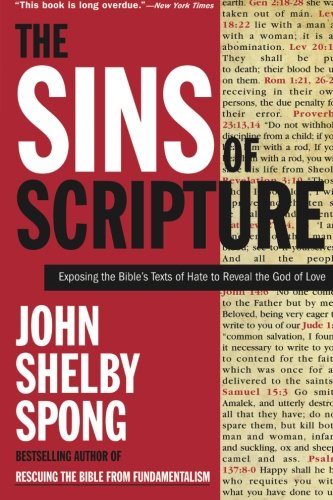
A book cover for The Sins of Scripture: Exposing the Bible's Texts of Hate to Reveal the God of Love; John Shelby Spong; Christian Books & Bibles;